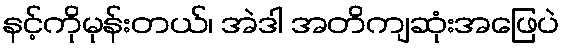
နင့်ကိုမုန်းတယ်၊ အဲဒါ အတိကျဆုံးအဖြေပဲ